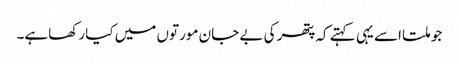
جو ملتا اسے یہی کہتے کہ پتھر کی بے جان مورتوں میں کیا رکھاہے۔